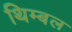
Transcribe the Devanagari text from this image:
थिम्बल